Senior Leaving Certificate Examination (including Day School Certificate (Higher) General paper), 1947
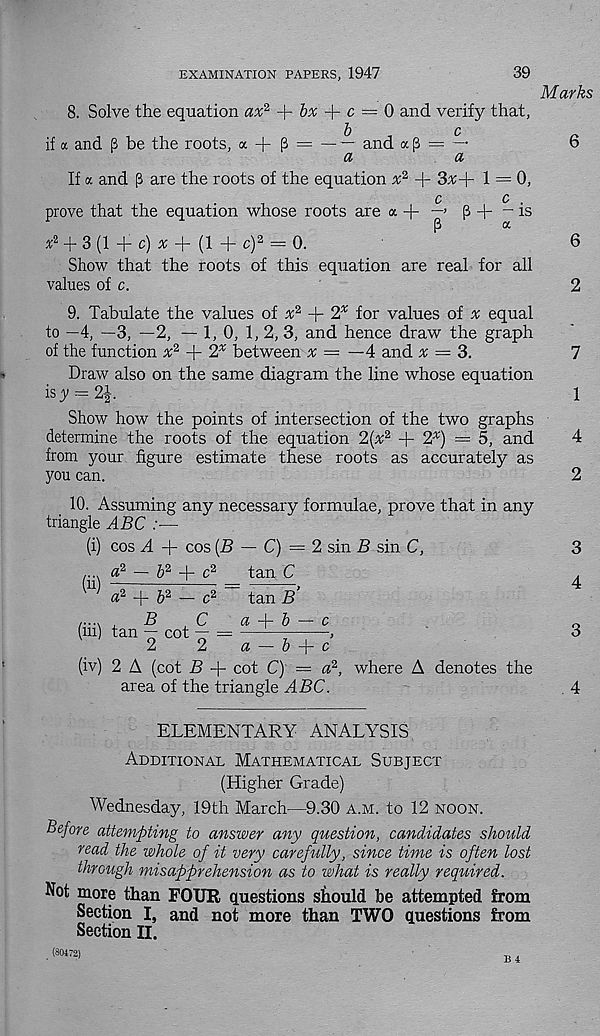
EXAMINATION PAPERS, 1947
39
Marks
8. Solve the equation ax 2, + 5^ + c = 0 and verify that,
1)
c
if « and p be the roots, a + p = — — and a p = —
6
d
a
If a and p are the roots of the equation n; 2 -f 3x+ 1 = 0,
C
0
prove that the equation whose roots are a + —> p -f “is
+ 3 (1 -f c) # + (1 + c) 2 = 0.
6
Show that the roots of this equation are real for all
values of c.
2
9. Tabulate the values of x 2 + 2 X for values of x equal
to —4, —3, —2, — 1, 0, 1, 2, 3, and hence draw the graph
of the function x 2 + 2* between x = —4 and x = 3.
Draw also on the same diagram the line whose equation
isy = 21
Show how the points of intersection of the two graphs
determine the roots of the equation 2(% 2 + 2 X ) =5, and
from your figure estimate these roots as accurately as
you can.
10. Assuming any necessary formulae, prove that in any
triangle ABC
(i) cos A + cos (B — C) = 2 sin B sin C,
(ii)
« 2 - 5 2 + c 2
a 2 + & 2 — c 2
tan C
tan B
a “b b — c
,...,
B
C
(in) tan — cot — =
2
2
a — & + c
(iv) 2 A (cot B + cot C) = a-
area of the triangle ABC.
2
where A denotes the
7
1
4
2
3
4
3
4
ELEMENTARY ANALYSIS
Additional Mathematical Subject
(Higher Grade)
Wednesday, 19th March—9.30 a.m. to 12 noon.
Before attempting to answer any question, candidates should
read the whole of it very carefully, since time is often lost
through misapprehension as to what is really required.
Not more than FOUR questions should be attempted from
Section I, and not more than TWO questions from
Section II.
(80472)
B 4